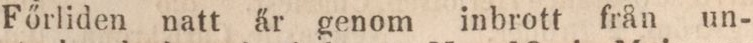
Főrliden natt är genom inbrott från un-